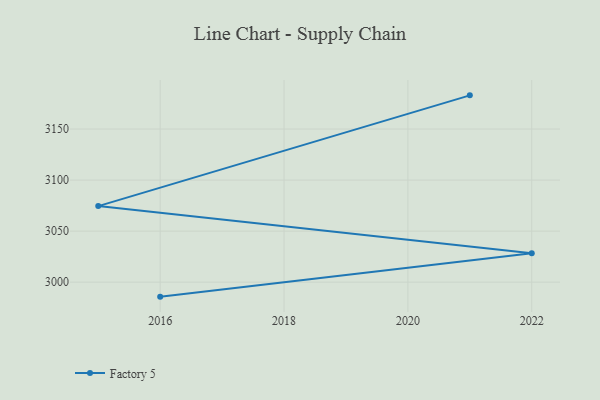
{"axis": {"x": "Year", "y": "Population (Million)"}, "legend": ["Factory 5"], "data": [{"x": "2021", "y": 3183.0, "type": "Factory 5"}, {"x": "2015", "y": 3074.5, "type": "Factory 5"}, {"x": "2022", "y": 3028.4, "type": "Factory 5"}, {"x": "2016", "y": 2985.8, "type": "Factory 5"}]}